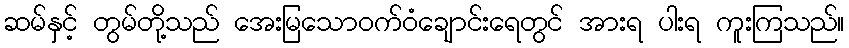
ဆမ်နှင့် တွမ်တို့သည် အေးမြသောဝက်ဝံချောင်းရေတွင် အားရ ပါးရ ကူးကြသည်။